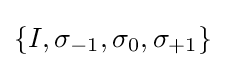
\lbrace I,\sigma _{-1},\sigma _{0},\sigma _{+1}\rbrace